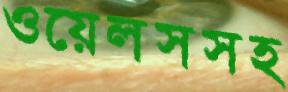
ওয়েলসসহ